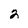
Character: 2